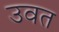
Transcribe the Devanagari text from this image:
उवत